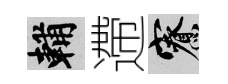
輔遰寮